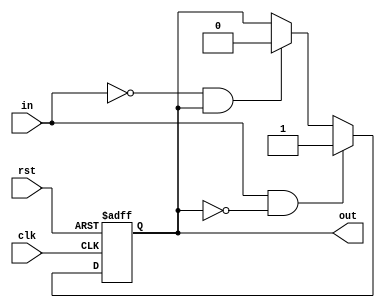
module Schmitt_Trigger_Inverter (
    input wire clk,
    input wire rst,
    input wire in,
    output reg out
);

reg reg_out;

always @ (posedge clk or posedge rst) begin
    if (rst) begin
        reg_out <= 1'b0;
    end else begin
        if (in && !reg_out) begin
            reg_out <= 1'b1;
        end else if (!in && reg_out) begin
            reg_out <= 1'b0;
        end
    end
end

assign out = reg_out;

endmodule